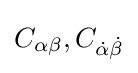
C_{\alpha \beta },C_{{\dot {\alpha }}{\dot {\beta }}}